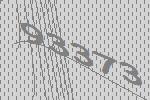
93373